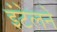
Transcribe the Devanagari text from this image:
इंटेलने